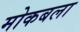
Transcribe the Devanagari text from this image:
मोकबला